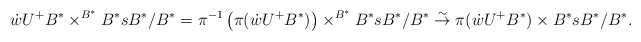
\begin{align*}\dot{w}U^+B^*\times^{B^*} B^*sB^*/B^*=\pi^{-1}\left(\pi(\dot{w}U^+B^*)\right)\times^{B^*} B^*sB^*/B^*\overset{\sim}{\rightarrow} \pi(\dot{w}U^+B^*)\times B^*sB^*/B^*.\end{align*}